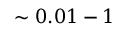
\sim 0 . 0 1 - 1